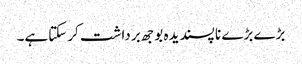
بڑے بڑے نا پسندیدہ بوجھ برداشت کرسکتاہے۔